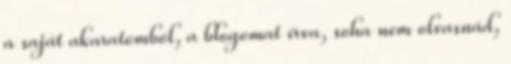
a saját akaratomból, a blogomat írva, soha nem olvasnád,